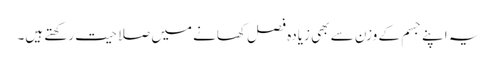
یہ اپنے جسم کے وزن سے بھی زیادہ فصل کھانے میں صلاحیت رکھتے ہیں۔